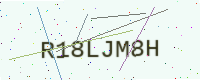
Text: R18LJM8H